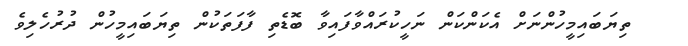
ތިޔަބައިމީހުންނަށް އެކަންކަން ނަހީކުރައްވާފައިވާ ބޮޑެތި ފާފަތަކުން ތިޔަބައިމީހުން ދުރުހެލިވެ